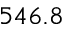
5 4 6 . 8